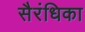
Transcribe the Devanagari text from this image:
सैरंधिका